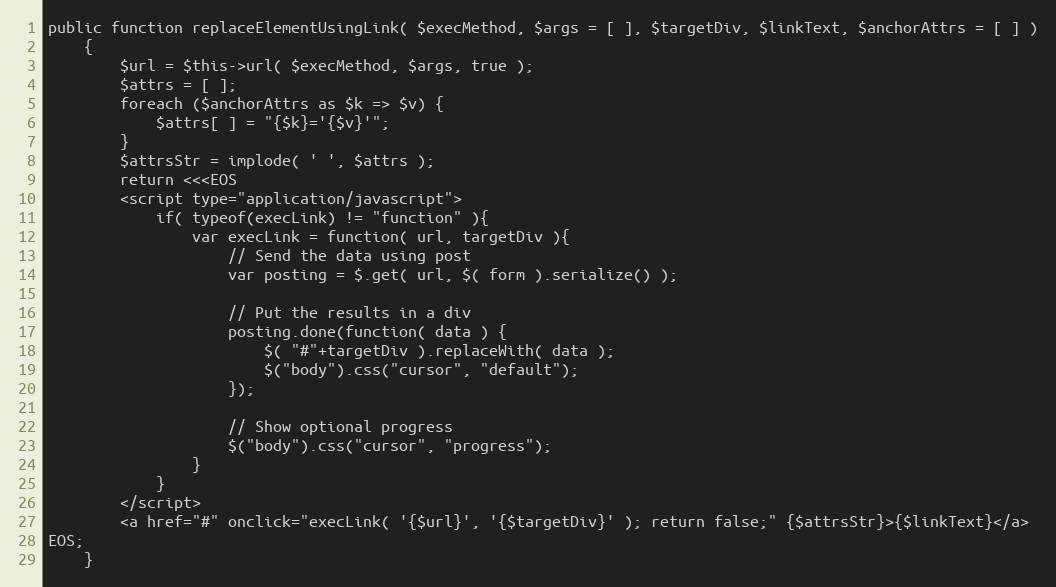
Language: PHP
public function replaceElementUsingLink( $execMethod, $args = [ ], $targetDiv, $linkText, $anchorAttrs = [ ] )
    {
        $url = $this->url( $execMethod, $args, true );
        $attrs = [ ];
        foreach ($anchorAttrs as $k => $v) {
            $attrs[ ] = "{$k}='{$v}'";
        }
        $attrsStr = implode( ' ', $attrs );
        return <<<EOS
        <script type="application/javascript">
            if( typeof(execLink) != "function" ){
                var execLink = function( url, targetDiv ){
                    // Send the data using post
                    var posting = $.get( url, $( form ).serialize() );

                    // Put the results in a div
                    posting.done(function( data ) {
                        $( "#"+targetDiv ).replaceWith( data );
                        $("body").css("cursor", "default");
                    });

                    // Show optional progress
                    $("body").css("cursor", "progress");
                }
            }
        </script>
        <a href="#" onclick="execLink( '{$url}', '{$targetDiv}' ); return false;" {$attrsStr}>{$linkText}</a>
EOS;
    }